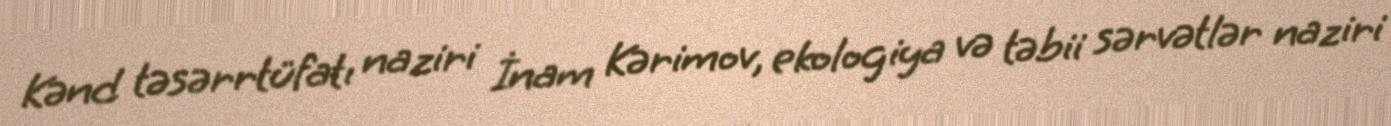
Kənd təsərrtüfatı naziri İnam Kərimov, ekologiya və təbii sərvətlər naziri